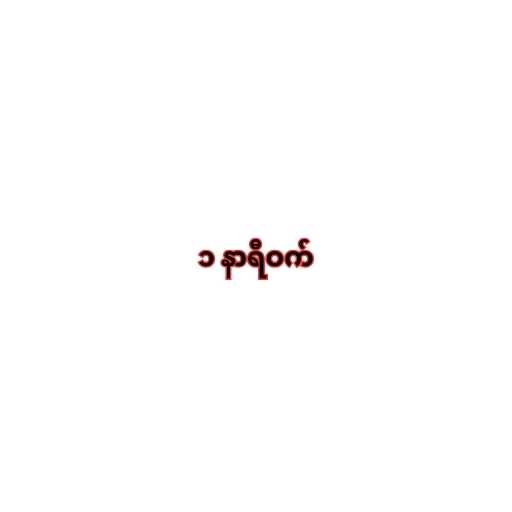
၁ နာရီဝက်